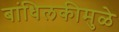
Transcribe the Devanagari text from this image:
बांधिलकीमुळे